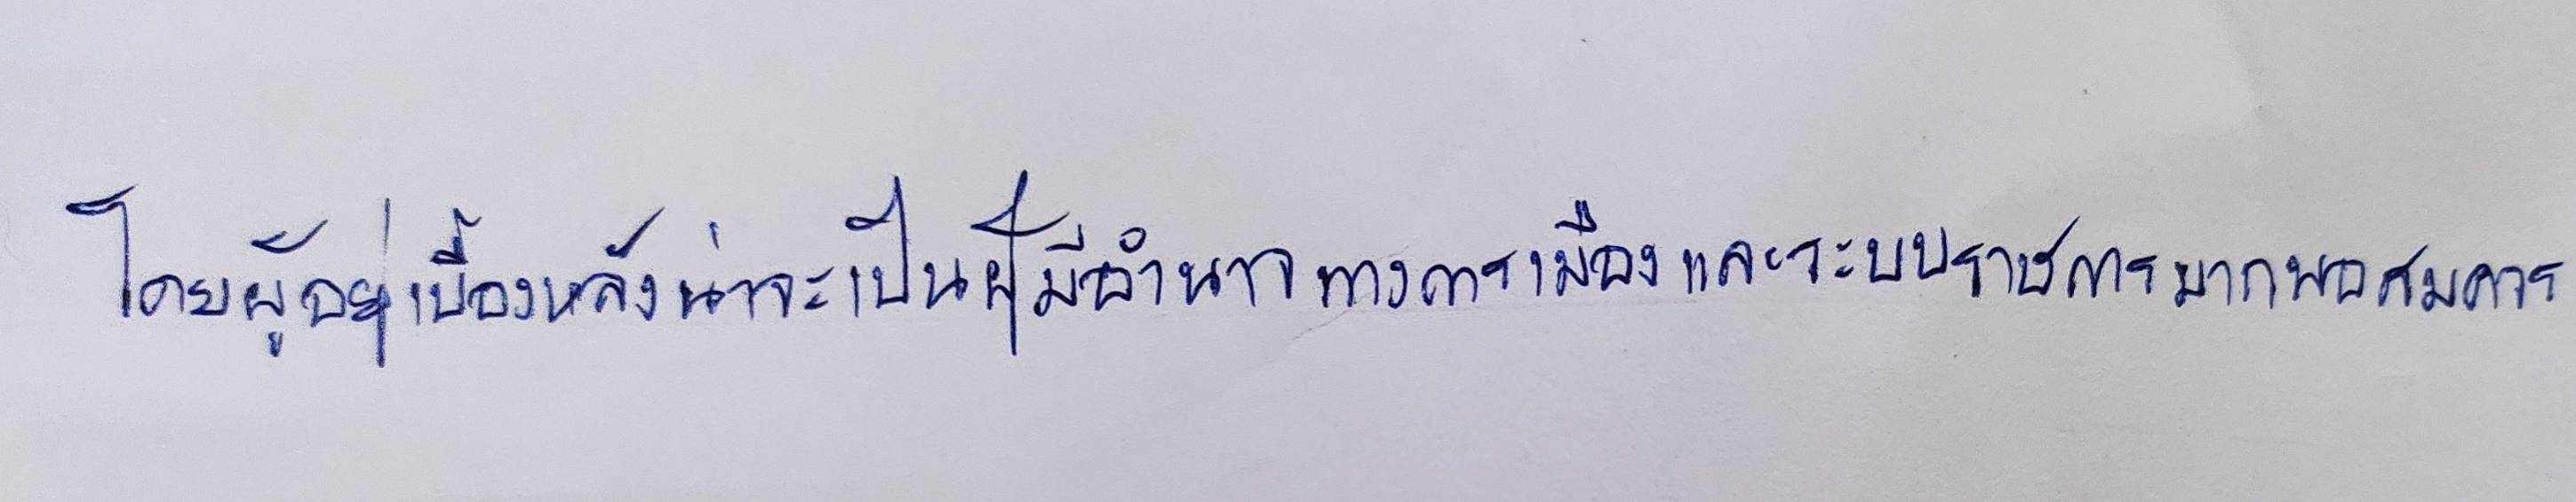
โดยผู้อยู่เบื้องหลังน่าจะเป็นผู้มีอำนาจทางการเมืองและระบบราชการมากพอควร